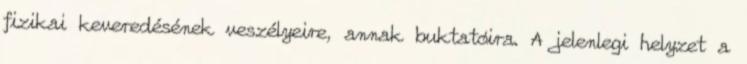
fizikai keveredésének veszélyeire, annak buktatóira. A jelenlegi helyzet a